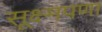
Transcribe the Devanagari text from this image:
सूक्ष्मपणा